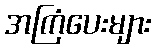
အကြံပေးများ